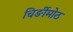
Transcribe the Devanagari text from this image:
चिर्ङीमोठ